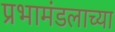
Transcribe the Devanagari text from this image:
प्रभामंडलाच्या